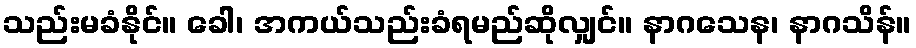
သည်းမခံနိုင်။ ခေါ၊ အကယ်သည်းခံရမည်ဆိုလျှင်။ နာဂသေန၊ နာဂသိန်။